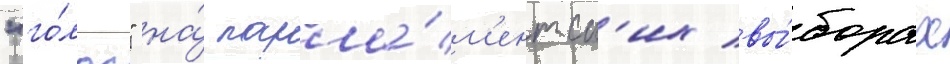
"го́лос" на́ парла́м'ентск'их вы́борах